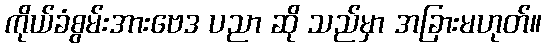
ကိုယ်ခံစွမ်းအားဗေဒ ပညာ ဆို သည်မှာ အခြားမဟုတ်။